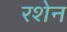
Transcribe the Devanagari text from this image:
रशेन